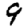
Digit: 9